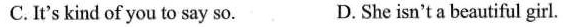
C. It's kind of you to say so. D. She isn't a beautiful girl.